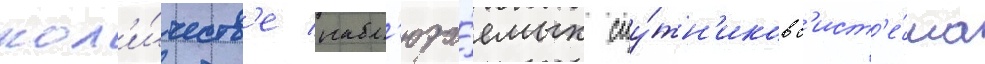
кол'и́честв'е набл'юда́емых спу́тн'иков с'ист'е́ма